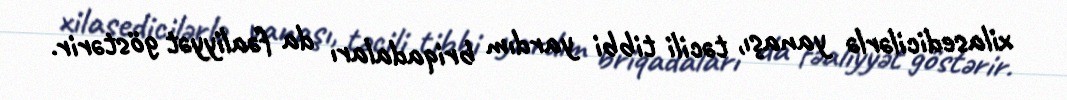
xilasedicilərlə yanaşı, təcili tibbi yardım briqadaları da fəaliyyət göstərir.